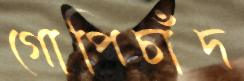
গোপিচাঁদ